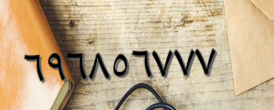
٦٩٦٨٥٦٧٧٧